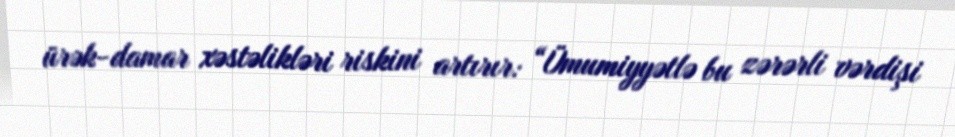
ürək-damar xəstəlikləri riskini artırır: “Ümumiyyətlə bu zərərli vərdişi